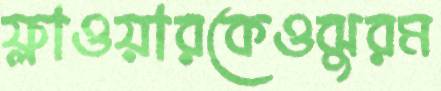
ফ্লাওয়ারকেওঝুরম